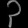
Digit: ၃